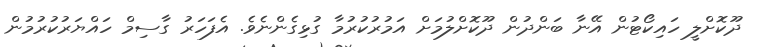
ދޫކޮށްލީ ހައިކޯޓުން އޭނާ ބަންދުން ދޫކޮށްލުމަށް އަމުރުކުރުމާ ގުޅިގެންނެވެ. އެފަހަރު ގާސިމް ހައްޔަރުކުރުމުން